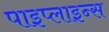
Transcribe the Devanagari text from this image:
पाइप्लाइन्स